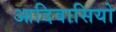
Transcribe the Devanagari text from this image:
आदिवासियो